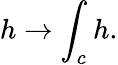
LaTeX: h\to\int_{c}h.